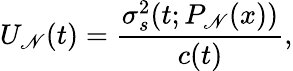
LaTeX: U_{\mathscr{N}}(t)=\frac{{\sigma_{s}^{2}(t;P_{\mathscr{N}}(x))}}{{c(t)}},